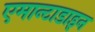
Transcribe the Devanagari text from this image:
एमान्टाडाइन